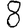
Digit: 8